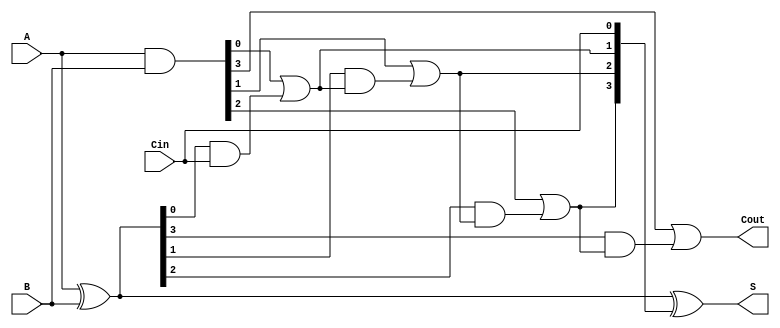
module CarryLookaheadAdder #(parameter N = 4) (
    input [N-1:0] A,      // First input
    input [N-1:0] B,      // Second input
    input Cin,            // Carry-in
    output [N-1:0] S,     // Sum output
    output Cout           // Carry-out
);

    // Generate and Propagate signals
    wire [N-1:0] G; // Generate
    wire [N-1:0] P; // Propagate
    wire [N:0] C;   // Carry signals

    // Generate and Propagate calculations
    assign G = A & B;          // Generate
    assign P = A ^ B;          // Propagate

    // Carry signals calculation
    assign C[0] = Cin;         // C[0] = Cin
    genvar i;
    generate
        for (i = 0; i < N; i = i + 1) begin : carry_gen
            if (i == 0) begin
                assign C[i + 1] = G[i] | (P[i] & C[i]); // C[1] = G[0] + (P[0] * C[0])
            end else begin
                assign C[i + 1] = G[i] | (P[i] & C[i]); // C[i+1] = G[i] + (P[i] * C[i])
            end
        end
    endgenerate

    // Sum calculation
    assign S = P ^ C[N-1:0]; // S[i] = P[i] ^ C[i]

    // Carry-out
    assign Cout = C[N];      // Cout = C[N]

endmodule